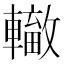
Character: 𨏁